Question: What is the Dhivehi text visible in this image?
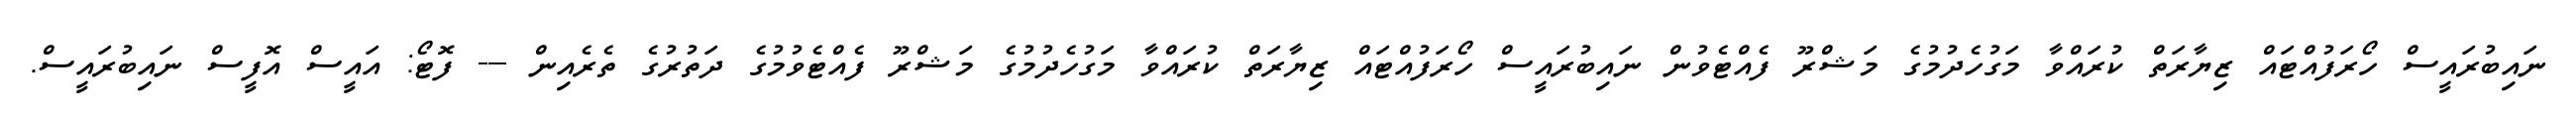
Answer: ނައިބުރައީސް ހޯރަފުއްޓައް ޒިޔާރަތް ކުރައްވާ މަގުހެދުމުގެ މަޝްރޫ ފެއްޓެވުން ނައިބުރައީސް ހޯރަފުއްޓައް ޒިޔާރަތް ކުރައްވާ މަގުހެދުމުގެ މަޝްރޫ ފެއްޓެވުމުގެ ދަތުރުގެ ތެރެއިން --- ފޮޓޯ: އައީސް އޮފީސް ނައިބުރައީސް.